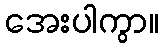
အေးပါကွာ။